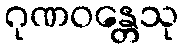
ဂုဏဝန္တေသု